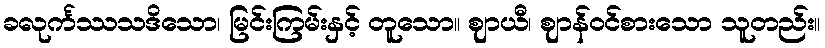
ခလုင်္ကဿသဒိသော၊ မြင်းကြမ်းနှင့် တူသော။ ဈာယီ၊ ဈာန်ဝင်စားသော သူတည်း။